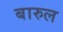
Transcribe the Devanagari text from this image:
बारुल